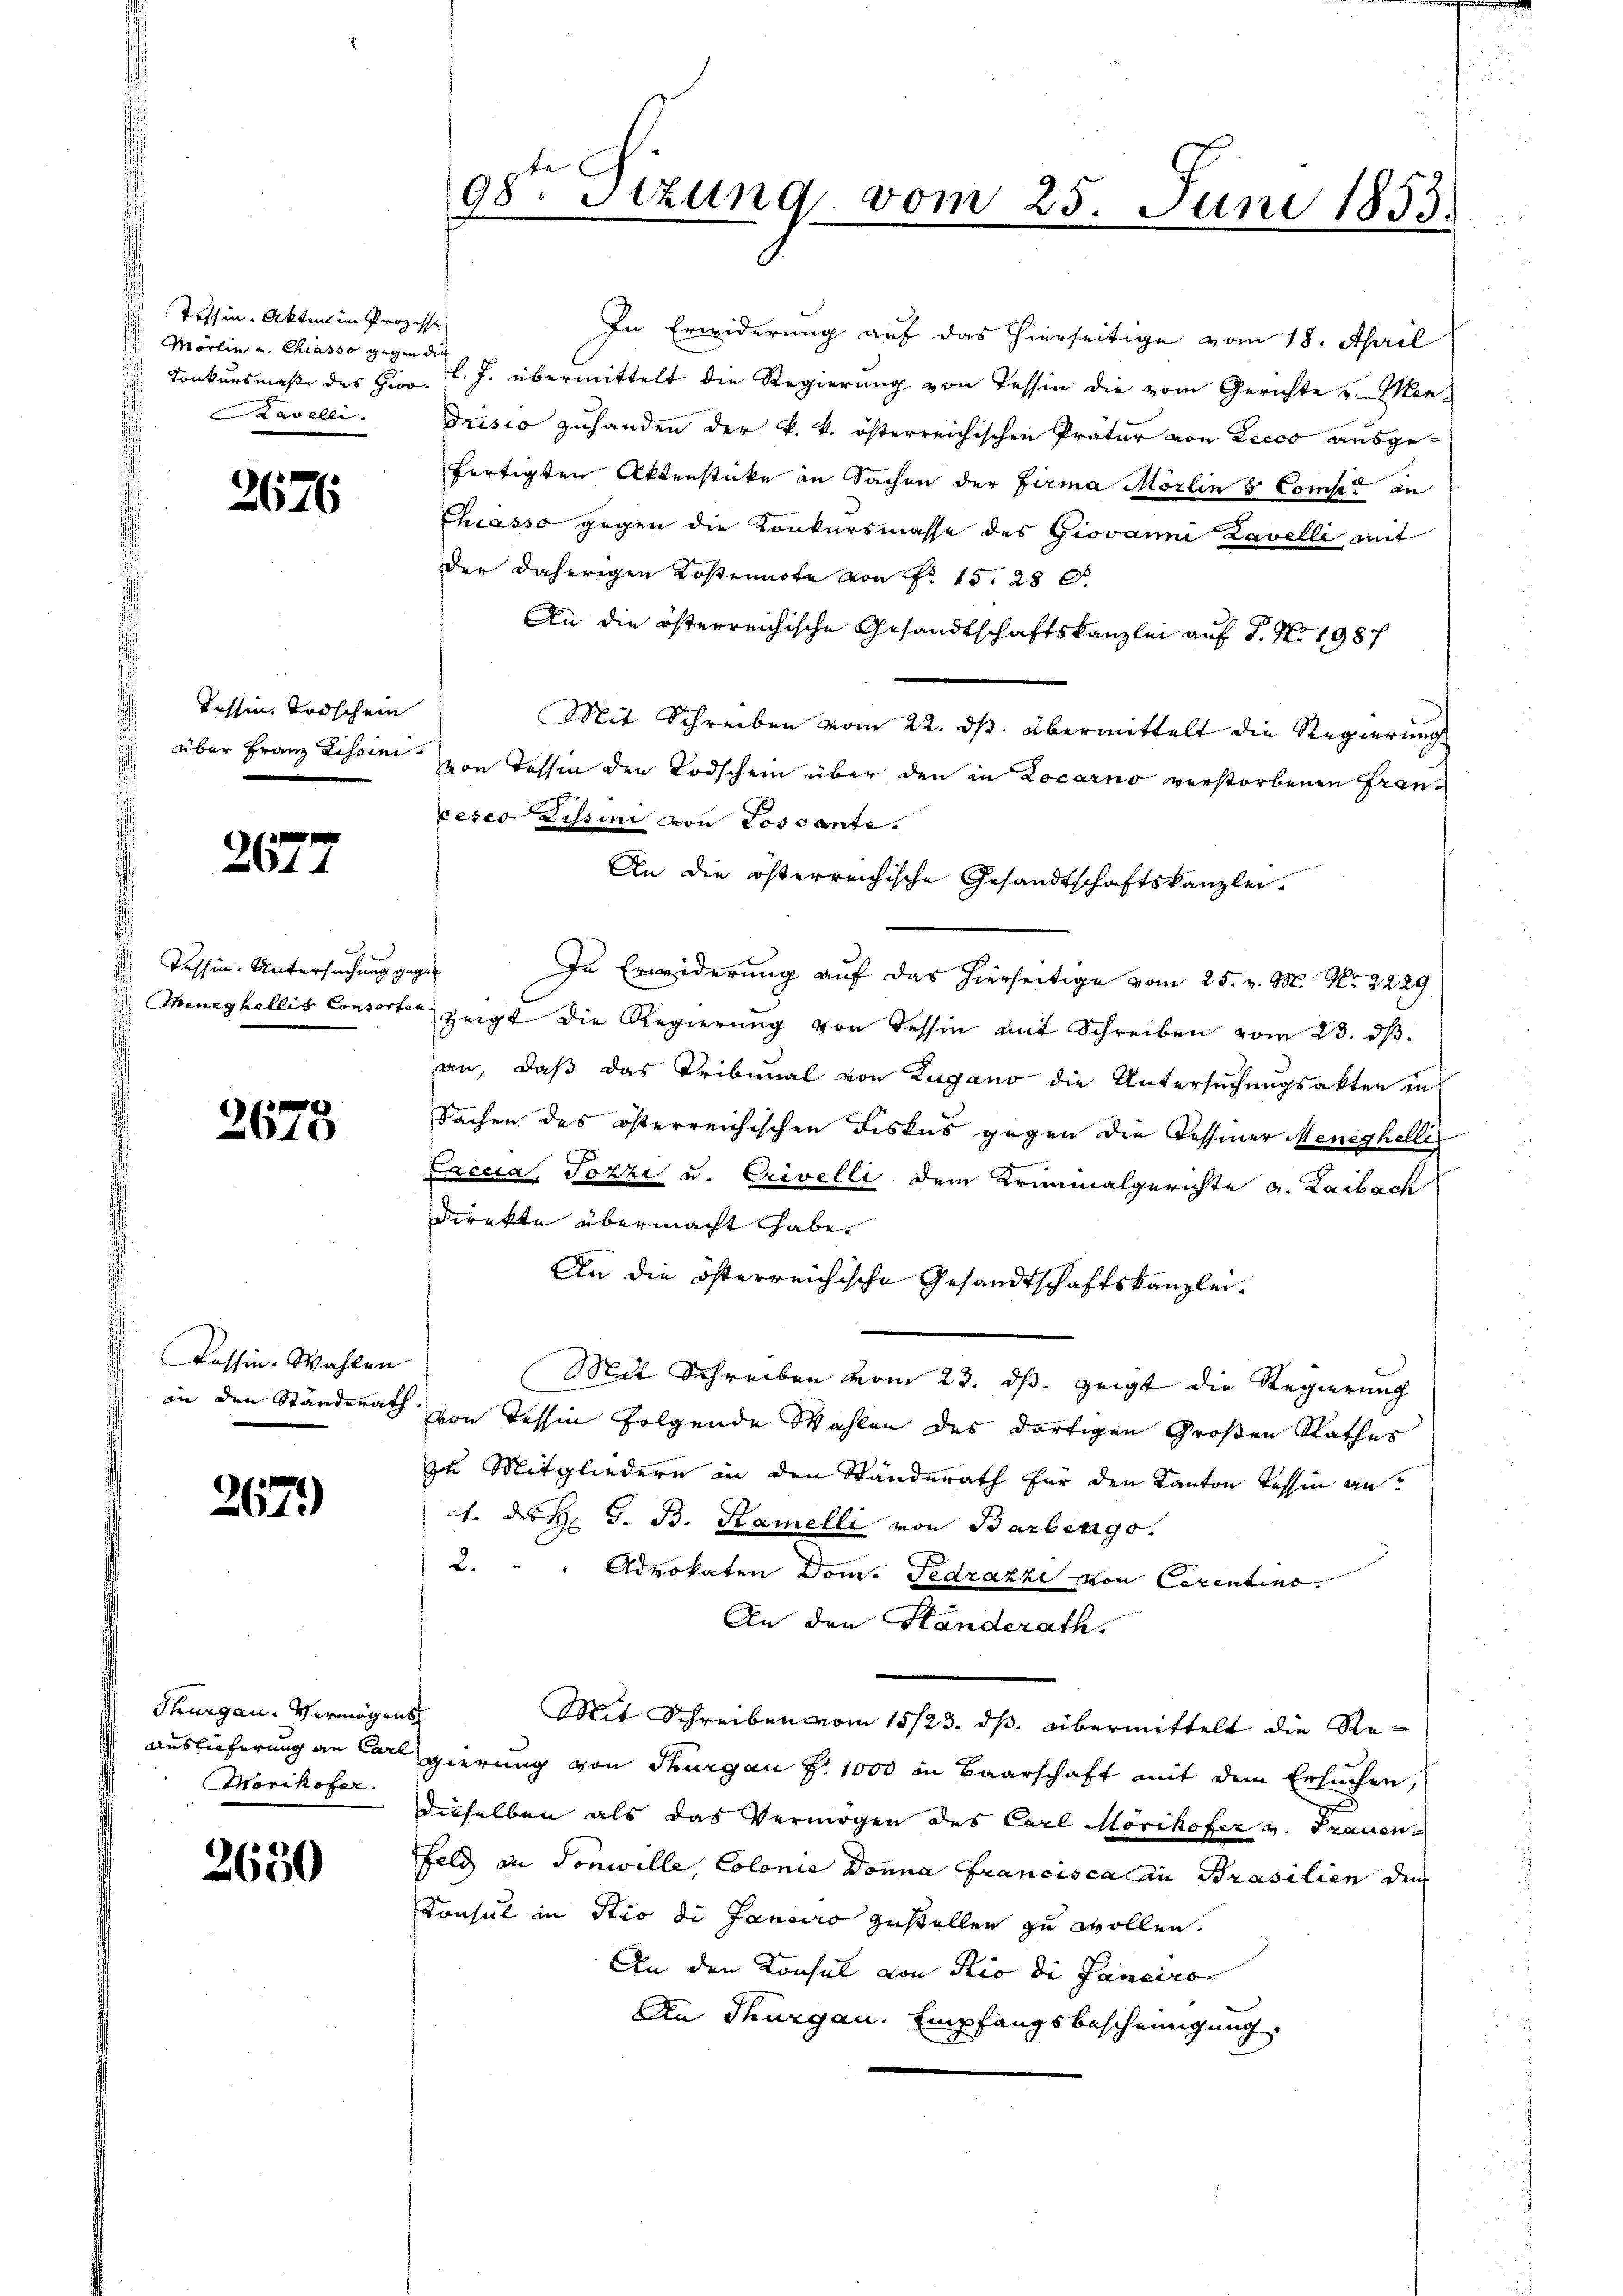
Tessin. Akten im Prozesse
Mörlin und Chiasso gegen die
Kavelli

2676

Tessin, Todschein

201

H
Tessin. Untersuchung gegen

2675

Kassin. Wahlen
in den Ständerath

267)

Thurgau. Vermögens
Morikofer.

2650

98te Sizung vom 25. Juni 1853.

In Erwiderung auf das hierseitige vom 18. April
 Konkursmaße des Hiro l. J. übermittelt die Regierŭng von Tessin die vom Gerichte u. Men-
drisio zuhanden der k. k. österreichischen Prätur von Zecco ausgefertigten Aktenstücke in Sachen der Firma Mörlin 3 Comse an
Chiasso gegen die Konkursmasse des Giovanni Zavelli mit
der daherigen Kostennote von Fr. 15. 28 d.
An die österreichische Gesandtschaftskanzlei auf 1. No. 198 f
Mit Schreiben vom 22. ds. übermittelt die Regierungs
über Franz Lissin von Tessin den Todschein über den in Locarno verstorbenen Francesco Zissini von Toscante.
An die österreichische Gesandtschaftskanzlei.
In Erwiderung auf das hierseitige vom 25. v. M. Nr. 2229
 Meneghellis Consorten zeigt die Regierŭng von dessin mit Schreiben vom 23. dβ.
an, daß das Tribunal von Zugano die Untersuchungsakten in
Sachen des österreichischen Fiskus gegen die Tessiner Meneghelli
g
Laccia, Tozzi u. Crivelli dem Kriminalgerichte a. Laibach
direkte übermacht habe.
An die österreichische Gesandtschaftskanzlei.
Mit Schreiben vom 23. ds. zeigt die Regierung
von Tessin folgende Wahlen des dortigen Großen Rathes
zu Mitgliedern in den Ständerath für den Kanton Tessin an¬
1. des H. G. B. Samelli von Barbengo.
2. " " Advokaten Dom. Fedrazzi von Cerentino.
An den Standerath.
Mit Schreiben vom 15/23. ds. übermittelt die Re¬
Auslieferung an Carl gierung von Thurgau §. 1000 in Baarschaft mit dem Ersuchen,
dieselben als das Vermögen des Carl Mörikofer v. Frauen-
Feld an Sonwille, Colonia Donna Francisca an Prasilien durc
Konsul in Rio di Janeiro zustellen zu wollen.
An den Konsul von Rio die Janeiro
An Thurgau. Empfangsbescheinigung,